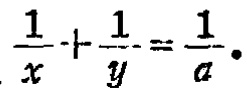
$\frac{1}{x}+\frac{1}{y}=\frac{1}{a}.$